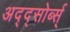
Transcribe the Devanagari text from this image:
अद्द्सोर्ब्स्